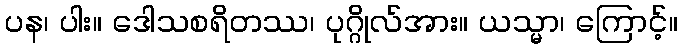
ပန၊ ပါး။ ဒေါသစရိတဿ၊ ပုဂ္ဂိုလ်အား။ ယသ္မာ၊ ကြောင့်။